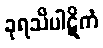
ခုရသိပါဋိကံ